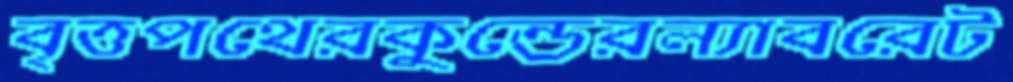
বৃত্তপথেরকুন্ডেরল্যাবরেট